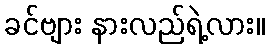
ခင်ဗျား နားလည်ရဲ့လား။